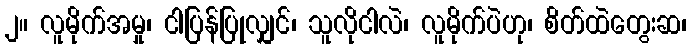
၂။ လူမိုက်အမှု၊ ငါပြန်ပြုလျှင်၊ သူလိုငါလဲ၊ လူမိုက်ပဲဟု၊ စိတ်ထဲတွေးဆ၊